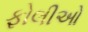
ફોલીઓ